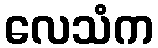
လေသံက